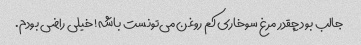
جالب بود چقدر مرغ سوخاری کم روغن می‌تونست باشه! خیلی راضی بودم.